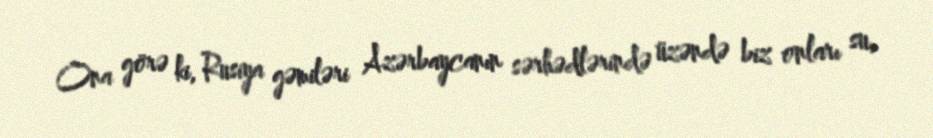
Ona görə ki, Rusiya gəmiləri Azərbaycanın sərhədlərində üzəndə biz onları su,